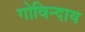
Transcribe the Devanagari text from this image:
गोविन्दाय